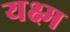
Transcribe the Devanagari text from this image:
यक्ष्म